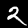
Label: 2